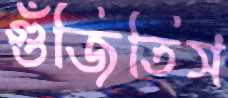
গুঁজিতিস